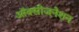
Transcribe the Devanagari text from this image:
ऑक्सीजनेशन